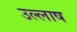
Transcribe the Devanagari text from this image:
उल्लाष